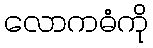
လောကဓံကို